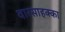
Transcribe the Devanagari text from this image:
वारसाहक्का